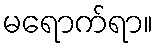
မရောက်ရာ။